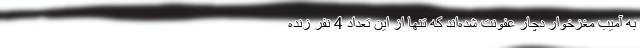
به آمیب مغزخوار دچار عفونت شده‌اند که تنها از این تعداد 4 نفر زنده